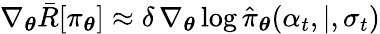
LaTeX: {\nabla}_{\boldsymbol{\theta}}\bar{R}[\pi_{\boldsymbol{\theta}}]\approx\delta\, \nabla_{\boldsymbol{\theta}}\log\hat{\pi}_{\boldsymbol{\theta}}(\alpha_{t},\vert,\sigma_{t})